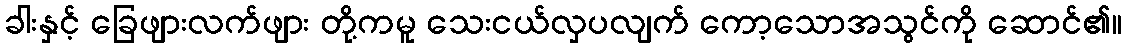
ခါးနှင့် ခြေဖျားလက်ဖျား တို့ကမူ သေးငယ်လှပလျက် ကော့သောအသွင်ကို ဆောင်၏။